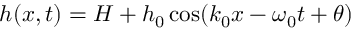
h ( x , t ) = H + h _ { 0 } \cos ( k _ { 0 } x - \omega _ { 0 } t + \theta )